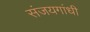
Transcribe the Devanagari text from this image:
संजयगांधी